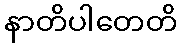
နာတိပါတေတိ